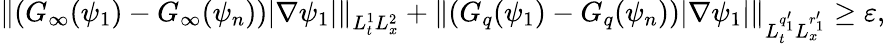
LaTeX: \left\| \left(G_{\infty}(\psi_{1})-G_{\infty}(\psi_{n})\right)|\nabla\psi_{1}|\right\| _{L_{t}^{1}L_{x}^{2}}+\left\| \left(G_{q}(\psi_{1})-G_{q}(\psi_{n})\right)|\nabla\psi_{1}|\right\| _{L_{t}^{q_{1}^{\prime}}L_{x}^{r_{1}^{\prime}}}\geq\varepsilon,